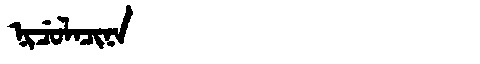
Manchu: ᠨᡳᠴᡠᠯᠠᠴᡳᠨᠠ
Romanization: NICULACINA